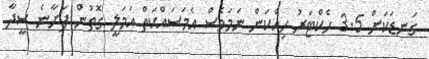
ގަނޑަކަަށް 3.5 ހެކްޓަރު ހިއްކަން ނަމަވެސް އެމަސައްކަތް އަމަލީ ގޮތުން ފަށާނެ ސީދާ